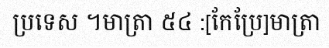
ប្រទេស ។មាត្រា ៥៤ :[កែប្រែ]មាត្រា